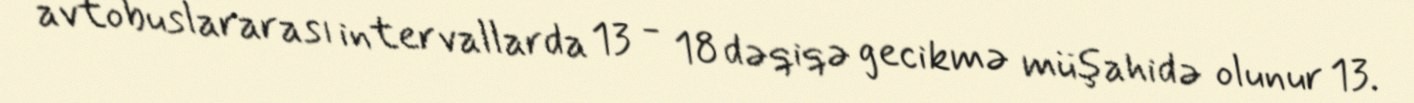
avtobuslararası intervallarda 13 - 18 dəqiqə gecikmə müşahidə olunur 13.